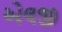
એલજી